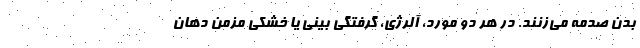
بدن صدمه می‌زنند. در هر دو مورد، آلرژی، گرفتگی بینی یا خشکی مزمن دهان